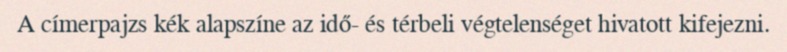
A címerpajzs kék alapszíne az idő- és térbeli végtelenséget hivatott kifejezni.